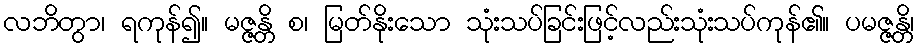
လဘိတွာ၊ ရကုန်၍။ မဇ္ဇန္တိ စ၊ မြတ်နိုးသော သုံးသပ်ခြင်းဖြင့်လည်းသုံးသပ်ကုန်၏။ ပမဇ္ဇန္တိ၊